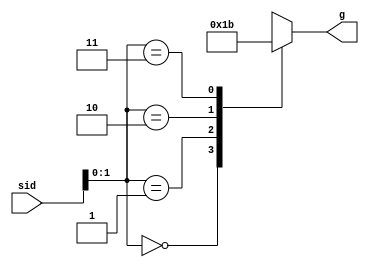
`timescale 1ns / 1ps

module sid_group(input [3:0] sid, output reg[1:0] g);

always @(*) begin
    casex (sid)
        4'bxx00: g = 2'b00;
        4'bxx01: g = 2'b01;
        4'bxx10: g = 2'b10;
        4'bxx11: g = 2'b11;
        default: g = 2'b00;
    endcase
end

endmodule